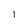
Character: 1